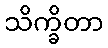
သိက္ခိတာ